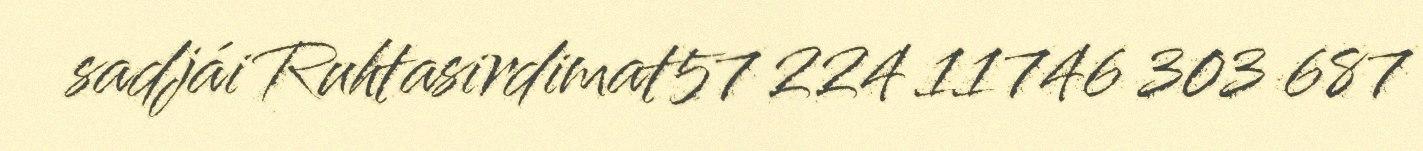
sadjái Ruhtasirdimat57 224 11746 303 687